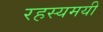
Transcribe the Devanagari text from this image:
रहस्‍यमयी